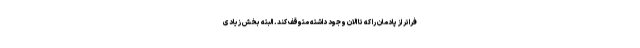
فراتر از پادمان را که تا الان وجود داشته متوقف کند. البته بخش زیادی